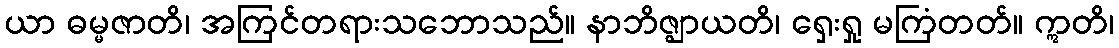
ယာ ဓမ္မဇာတိ၊ အကြင်တရားသဘောသည်။ နာဘိဇ္ဈာယတိ၊ ရှေးရှု မကြံတတ်။ ဣတိ၊